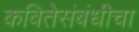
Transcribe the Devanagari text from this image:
कवितेसंबंधीचा